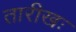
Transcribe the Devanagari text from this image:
तारीखः